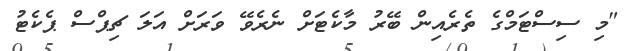
"މި ސިސްޓަމްގެ ތެރެއިން ބޭރު މާކެޓަށް ނެރެވޭ ވަރަށް އަލަ ޗިޕްސް ޕެކެޓު